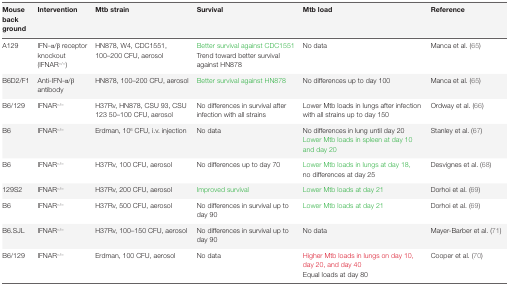
<table><thead><tr><td><b>Mouse back ground</b></td><td><b>Intervention</b></td><td><b>Mtb strain</b></td><td><b>Survival</b></td><td><b>Mtb load</b></td><td><b>Reference</b></td></tr></thead><tbody><tr><td rowspan="2">A129</td><td rowspan="2">IFN-α/β receptor knockout (IFNAR<sup>−/−</sup>)</td><td rowspan="2">HN878, W4, CDC1551, 100–200 CFU, aerosol</td><td>Better survival against CDC1551</td><td rowspan="2">No data</td><td rowspan="2">Manca et al. (65)</td></tr><tr><td>Trend toward better survival against HN878</td></tr><tr><td>B6D2/F1</td><td>Anti-IFN-α/β antibody</td><td>HN878, 100–200 CFU, aerosol</td><td>Better survival against HN878</td><td>No differences up to day 100</td><td>Manca et al. (65)</td></tr><tr><td>B6/129</td><td>IFNAR<sup>−/−</sup></td><td>H37Rv, HN878, CSU 93, CSU 123 50–100 CFU, aerosol</td><td>No differences in survival after infection with all strains</td><td>Lower Mtb loads in lungs after infection with all strains up to day 150</td><td>Ordway et al. (66)</td></tr><tr><td rowspan="2">B6</td><td rowspan="2">IFNAR<sup>−/−</sup></td><td rowspan="2">Erdman, 10<sup>6</sup> CFU, i.v. injection</td><td rowspan="2">No data</td><td>No differences in lung until day 20</td><td rowspan="2">Stanley et al. (67)</td></tr><tr><td>Lower Mtb loads in spleen at day 10 and day 20</td></tr><tr><td rowspan="2">B6</td><td rowspan="2">IFNAR<sup>−/−</sup></td><td rowspan="2">H37Rv, 100 CFU, aerosol</td><td rowspan="2">No differences up to day 70</td><td>Lower Mtb loads in lungs at day 18,</td><td rowspan="2">Desvignes et al. (68)</td></tr><tr><td>no differences at day 25</td></tr><tr><td>129S2</td><td>IFNAR<sup>−/−</sup></td><td>H37Rv, 200 CFU, aerosol</td><td>Improved survival</td><td>Lower Mtb loads at day 21</td><td>Dorhoi et al. (69)</td></tr><tr><td>B6</td><td>IFNAR<sup>−/−</sup></td><td>H37Rv, 500 CFU, aerosol</td><td>No differences in survival up to day 90</td><td>Lower Mtb loads at day 21</td><td>Dorhoi et al. (69)</td></tr><tr><td>B6.SJL</td><td>IFNAR<sup>−/−</sup></td><td>H37Rv, 100–150 CFU, aerosol</td><td>No differences in survival up to day 90</td><td>No data</td><td>Mayer-Barber et al. (71)</td></tr><tr><td rowspan="2">B6/129</td><td rowspan="2">IFNAR<sup>−/−</sup></td><td rowspan="2">Erdman, 100 CFU, aerosol</td><td rowspan="2">No data</td><td>Higher Mtb loads in lungs on day 10, day 20, and day 40</td><td rowspan="2">Cooper et al. (70)</td></tr><tr><td>Equal loads at day 80</td></tr></tbody></table>